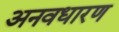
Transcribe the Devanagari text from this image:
अनवधारण